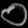
Digit: ၀